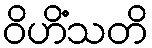
ဝိဟိံသတိ